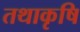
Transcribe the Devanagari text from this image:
तथाकृषि